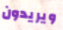
ويريدون